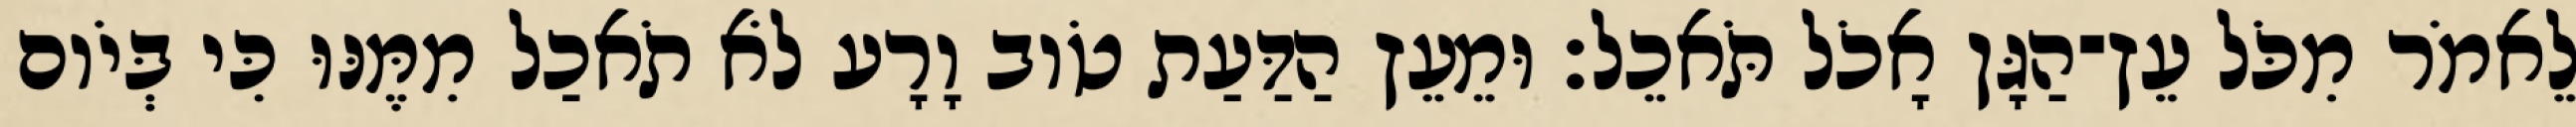
לֵאמֹר מִכֹּל עֵץ־הַגָּן אָכֹל תֹּאכֵל׃ וּמֵעֵץ הַדַּעַת טֹוב וָרָע לֹא תֹאכַל מִמֶּנּוּ כִּי בְּיֹום